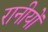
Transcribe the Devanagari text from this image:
रानीयों